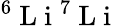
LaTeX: {^6}\mathrm{~L~i~}^{7}\mathrm{~L~i~}